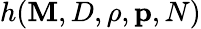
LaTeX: h{({\mathbf{M}},D,\rho,{\mathbf{p}},N)}